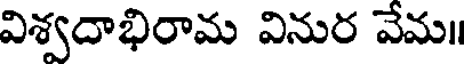
విశ్వదాభిరామ వినుర వేమ